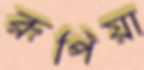
রূপিয়া